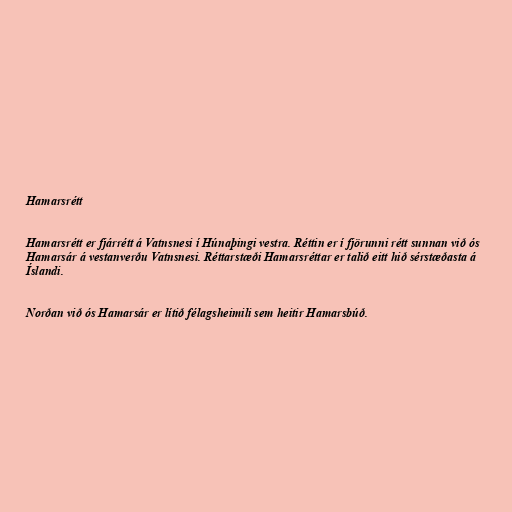
Hamarsrétt

Hamarsrétt er fjárrétt á Vatnsnesi í Húnaþingi vestra. Réttin er í fjörunni rétt sunnan við ós
Hamarsár á vestanverðu Vatnsnesi. Réttarstæði Hamarsréttar er talið eitt hið sérstæðasta á
Íslandi.

Norðan við ós Hamarsár er lítið félagsheimili sem heitir Hamarsbúð.